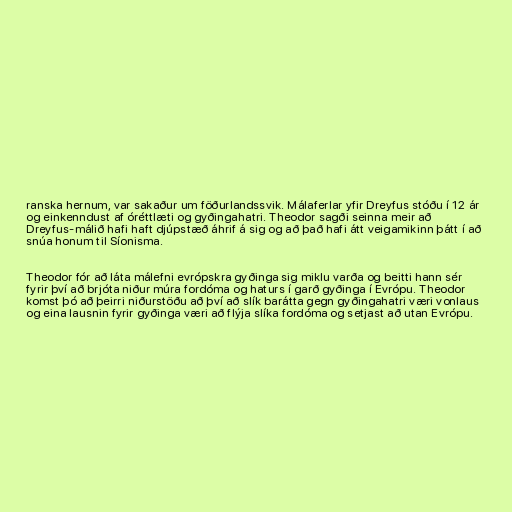
ranska hernum, var sakaður um föðurlandssvik. Málaferlar yfir Dreyfus stóðu í 12 ár
og einkenndust af óréttlæti og gyðingahatri. Theodor sagði seinna meir að
Dreyfus-málið hafi haft djúpstæð áhrif á sig og að það hafi átt veigamikinn þátt í að
snúa honum til Síonisma.

Theodor fór að láta málefni evrópskra gyðinga sig miklu varða og beitti hann sér
fyrir því að brjóta niður múra fordóma og haturs í garð gyðinga í Evrópu. Theodor
komst þó að þeirri niðurstöðu að því að slík barátta gegn gyðingahatri væri vonlaus
og eina lausnin fyrir gyðinga væri að flýja slíka fordóma og setjast að utan Evrópu.